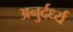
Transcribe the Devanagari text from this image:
अनुर्दर्ध्य